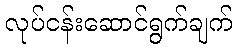
လုပ်ငန်းဆောင်ရွက်ချက်